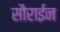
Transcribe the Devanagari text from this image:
सौराईन